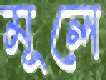
মূলে